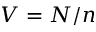
V = N / n